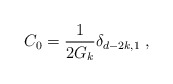
\begin{align*}C_{0}=\frac{1}{2G_{k}}\delta _{d-2k,1}\;, \end{align*}